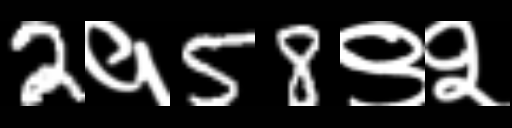
Text: 2१58९२